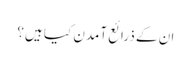
ان کے ذرائع آمدن کیا ہیں؟